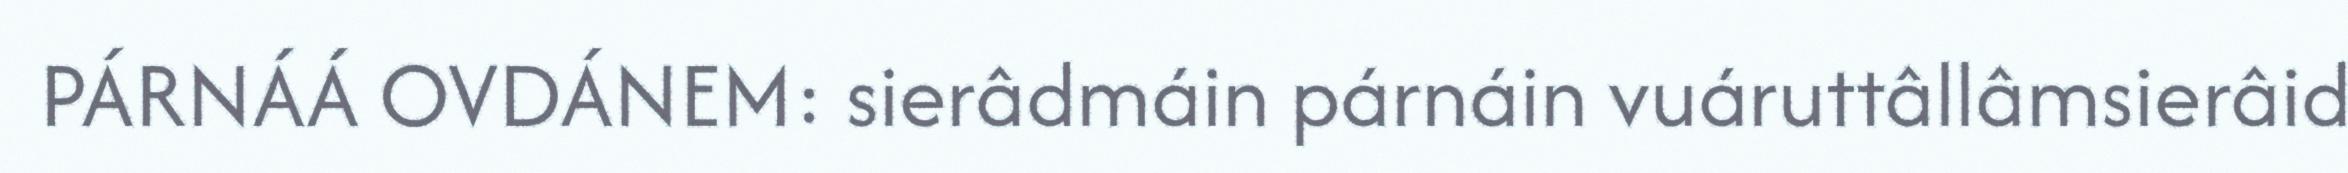
PÁRNÁÁ OVDÁNEM: sierâdmáin párnáin vuáruttâllâmsierâid